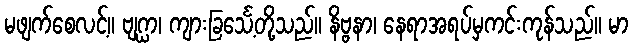
မဖျက်စေလင့်။ ဗျဂ္ဃာ၊ ကျားခြင်္သေ့တို့သည်။ နိဗ္ဗနာ၊ နေရာအရပ်မှကင်းကုန်သည်။ မာ